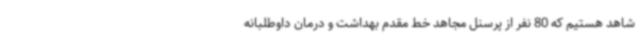
شاهد هستیم که 80 نفر از پرسنل مجاهد خط مقدم بهداشت و درمان داوطلبانه